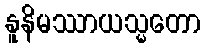
နူနိမဿာယသ္မတော